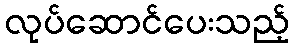
လုပ်ဆောင်ပေးသည့်